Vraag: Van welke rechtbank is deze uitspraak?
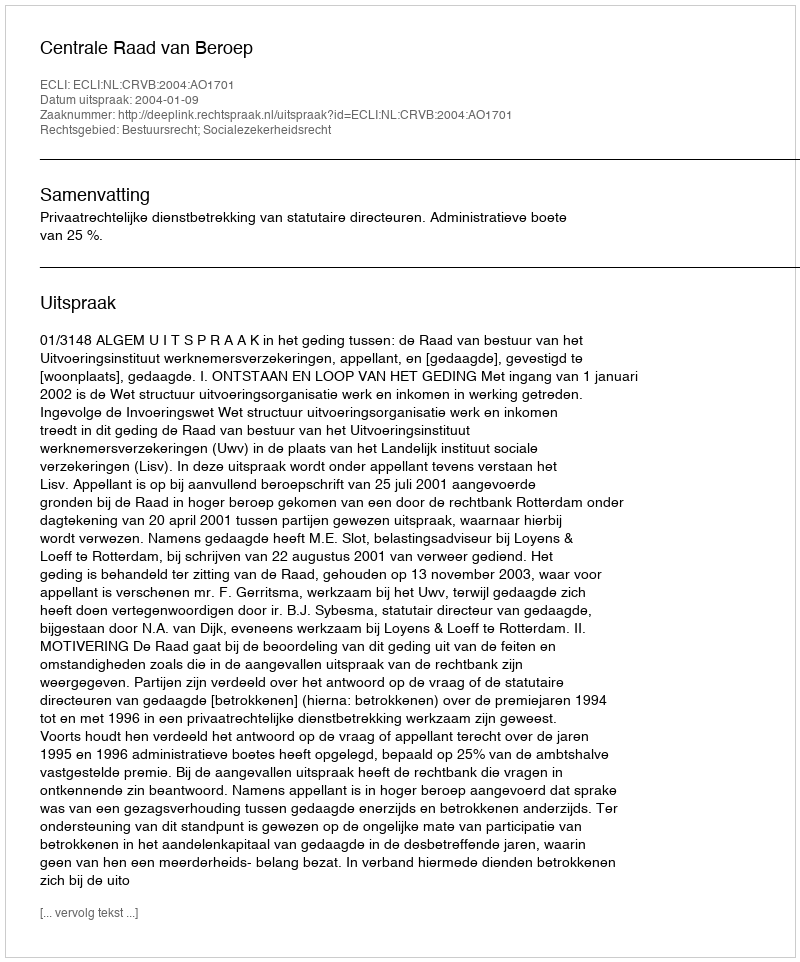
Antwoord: Centrale Raad van Beroep